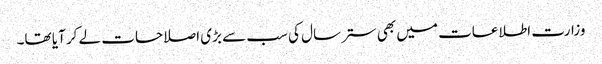
وزارت اطلاعات میں بھی ستر سال کی سب سے بڑی اصلاحات لے کر آیا تھا۔